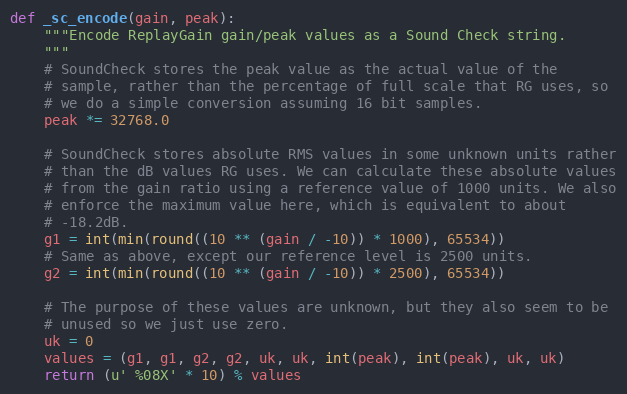
Language: Python
def _sc_encode(gain, peak):
    """Encode ReplayGain gain/peak values as a Sound Check string.
    """
    # SoundCheck stores the peak value as the actual value of the
    # sample, rather than the percentage of full scale that RG uses, so
    # we do a simple conversion assuming 16 bit samples.
    peak *= 32768.0

    # SoundCheck stores absolute RMS values in some unknown units rather
    # than the dB values RG uses. We can calculate these absolute values
    # from the gain ratio using a reference value of 1000 units. We also
    # enforce the maximum value here, which is equivalent to about
    # -18.2dB.
    g1 = int(min(round((10 ** (gain / -10)) * 1000), 65534))
    # Same as above, except our reference level is 2500 units.
    g2 = int(min(round((10 ** (gain / -10)) * 2500), 65534))

    # The purpose of these values are unknown, but they also seem to be
    # unused so we just use zero.
    uk = 0
    values = (g1, g1, g2, g2, uk, uk, int(peak), int(peak), uk, uk)
    return (u' %08X' * 10) % values